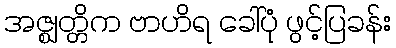
အဇ္ဈတ္တိက ဗာဟိရ ခေါ်ပုံ ဖွင့်ပြခန်း